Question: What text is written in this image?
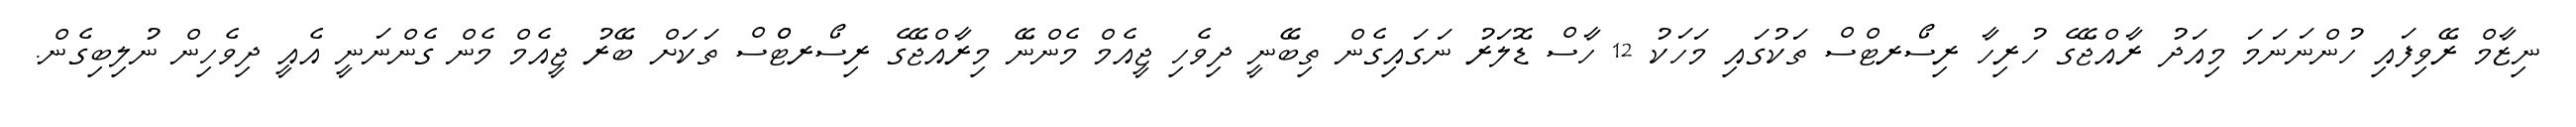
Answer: ނިޒާމް ރޭވިފައި ހުންނަނަމަ މިއަދު ރާއްޖޭގެ ހުރިހާ ރިސޯރޓްސް ތަކުގައި މަހަކު 12 ހާސް ޑޮލަރު ނަގައިގެން ތިބޭނީ ދިވެހި ޖީއެމް މެންނޭ މިރާއްޖޭގެ ރިސޯރޓްްސް ތަކަށް ބޭރު ޖީއެމް މެން ގެންނަނީ އެއީ ދިވެހިން ނުލިބިގެން.